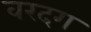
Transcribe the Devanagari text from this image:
वरदग